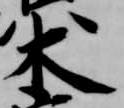
木